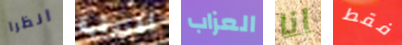
انظرا أفريقية العزاب انا فقط